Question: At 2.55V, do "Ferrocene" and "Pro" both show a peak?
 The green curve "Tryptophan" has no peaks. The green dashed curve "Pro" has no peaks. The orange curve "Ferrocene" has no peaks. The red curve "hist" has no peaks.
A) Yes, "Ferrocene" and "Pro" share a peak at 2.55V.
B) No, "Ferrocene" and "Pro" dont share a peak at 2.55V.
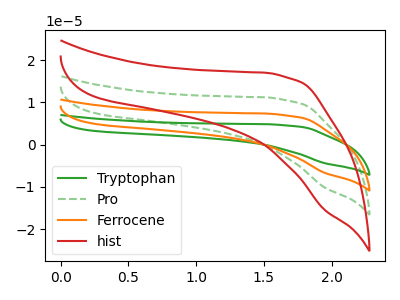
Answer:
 <answer>B) No, "Ferrocene" and "Pro" dont share a peak at 2.55V.</answer>
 <eval>B</eval>